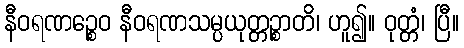
နီဝရဏဉ္စေဝ နီဝရဏသမ္ပယုတ္တဉ္စာတိ၊ ဟူ၍။ ဝုတ္တံ၊ ပြီ။